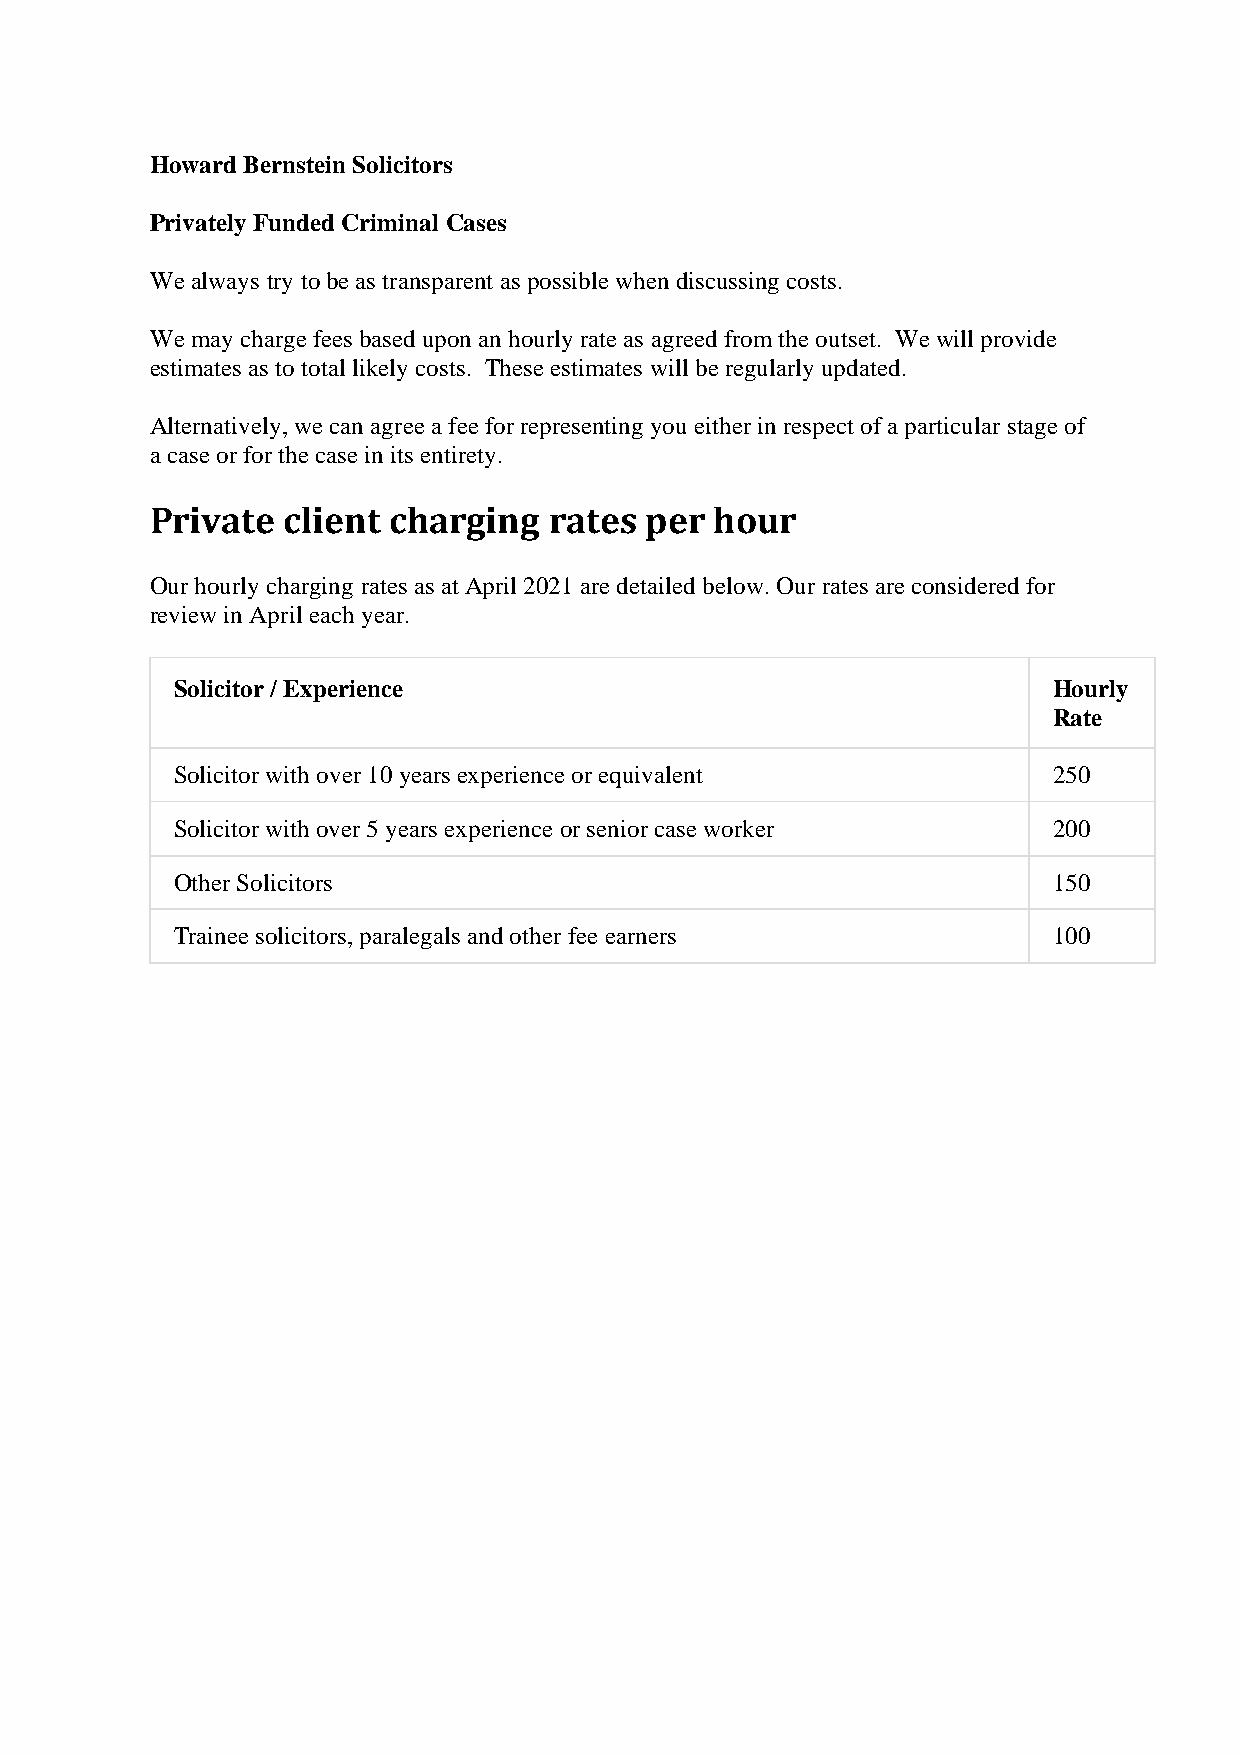
Howard Bernstein Solicitors
 Privately Funded Criminal Cases
 We always try to be as transparent as possible when discussing costs.
 We may charge fees based upon an hourly rate as agreed from the outset. We will provide
 estimates as to total likely costs. These estimates will be regularly updated.
 Alternatively, we can agree a fee for representing you either in respect of a particular stage of
 a case or for the case in its entirety.
 Private  client charging  rates  per hour
 Our hourly charging rates as at April 2021 are detailed below. Our rates are considered for
 review in April each year.
 Solicitor / Experience                                     Hourly
 Rate
 Solicitor with over 10 years experience or equivalent      250
 Solicitor with over 5 years experience or senior case worker 200
 Other Solicitors                                           150
 Trainee solicitors, paralegals and other fee earners       100